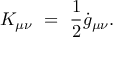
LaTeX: K _ { \mu \nu } ~ = ~ \frac { 1 } { 2 } \dot { g } _ { \mu \nu } .